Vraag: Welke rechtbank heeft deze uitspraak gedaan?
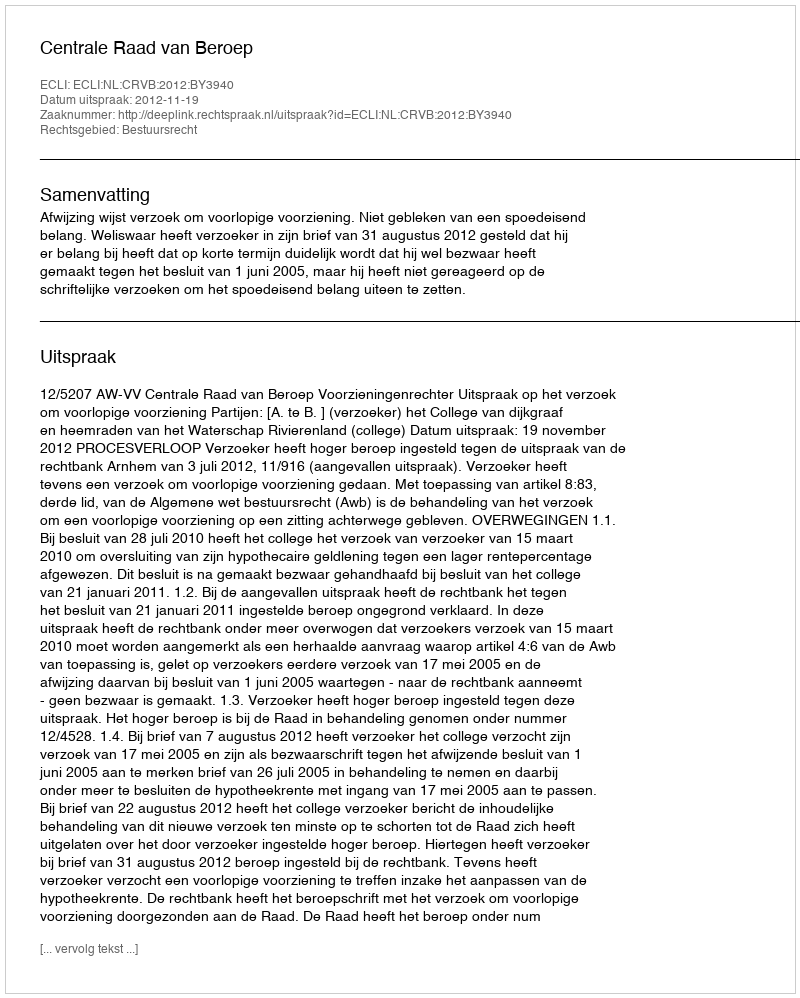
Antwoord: Centrale Raad van Beroep